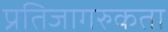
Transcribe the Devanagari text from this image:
प्रतिजागरुकता